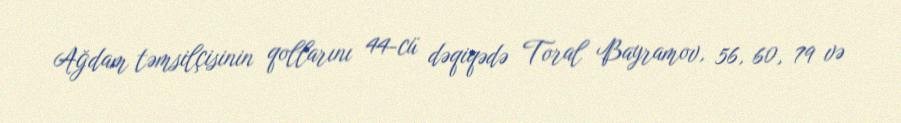
Ağdam təmsilçisinin qollarını 44-cü dəqiqədə Toral Bayramov, 56, 60, 79 və